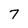
Character: 7